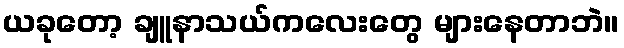
ယခုတော့ ချူနာသယ်ကလေးတွေ များနေတာဘဲ။